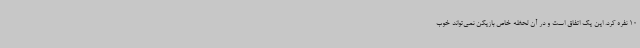
10 نفره کرد. این یک اتفاق است و در آن لحظه خاص بازیکن نمی‌تواند خوب